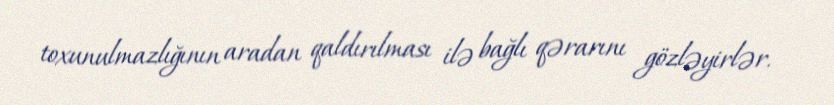
toxunulmazlığının aradan qaldırılması ilə bağlı qərarını gözləyirlər.